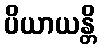
ပိယာယန္တိ